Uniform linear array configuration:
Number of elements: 24
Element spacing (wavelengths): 0.75
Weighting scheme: hann
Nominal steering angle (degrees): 30
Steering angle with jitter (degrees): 29.189
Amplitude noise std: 0.05
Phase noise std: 0.05

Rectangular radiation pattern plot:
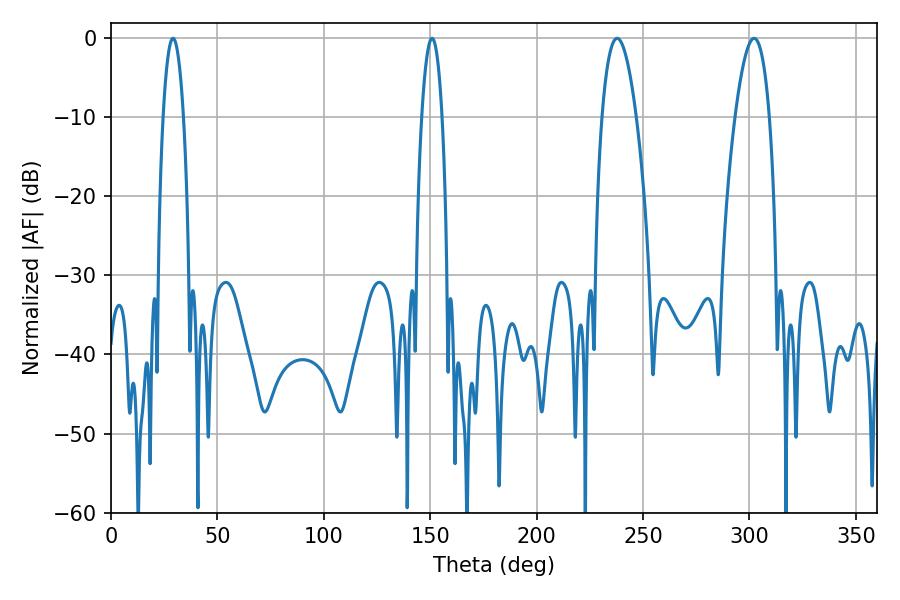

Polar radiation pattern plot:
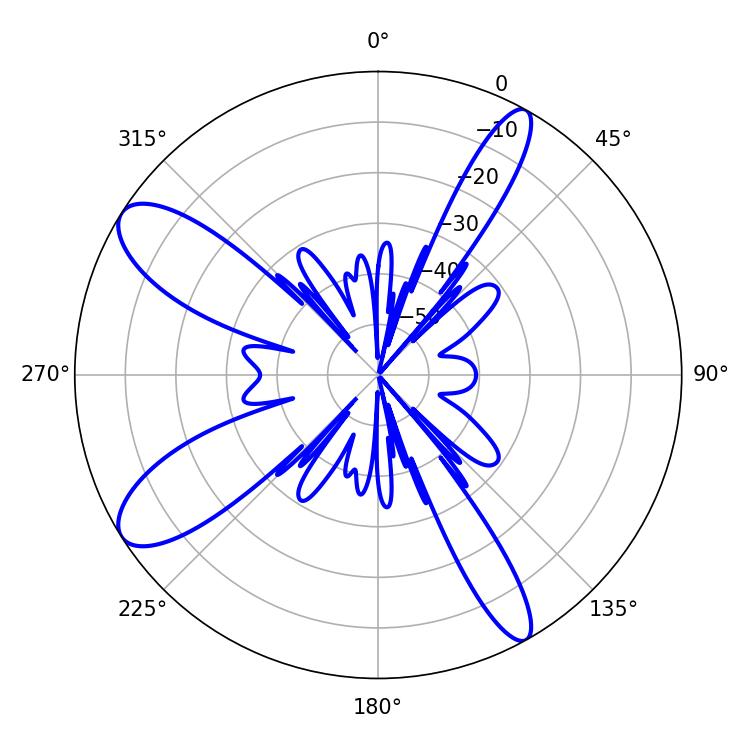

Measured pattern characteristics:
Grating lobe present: TRUE
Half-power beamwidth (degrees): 5.4
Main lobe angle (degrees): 29.16